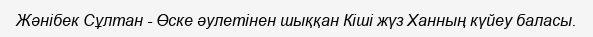
Жәнібек Сұлтан - Өске әулетінен шыққан Кіші жүз Ханның күйеу баласы.